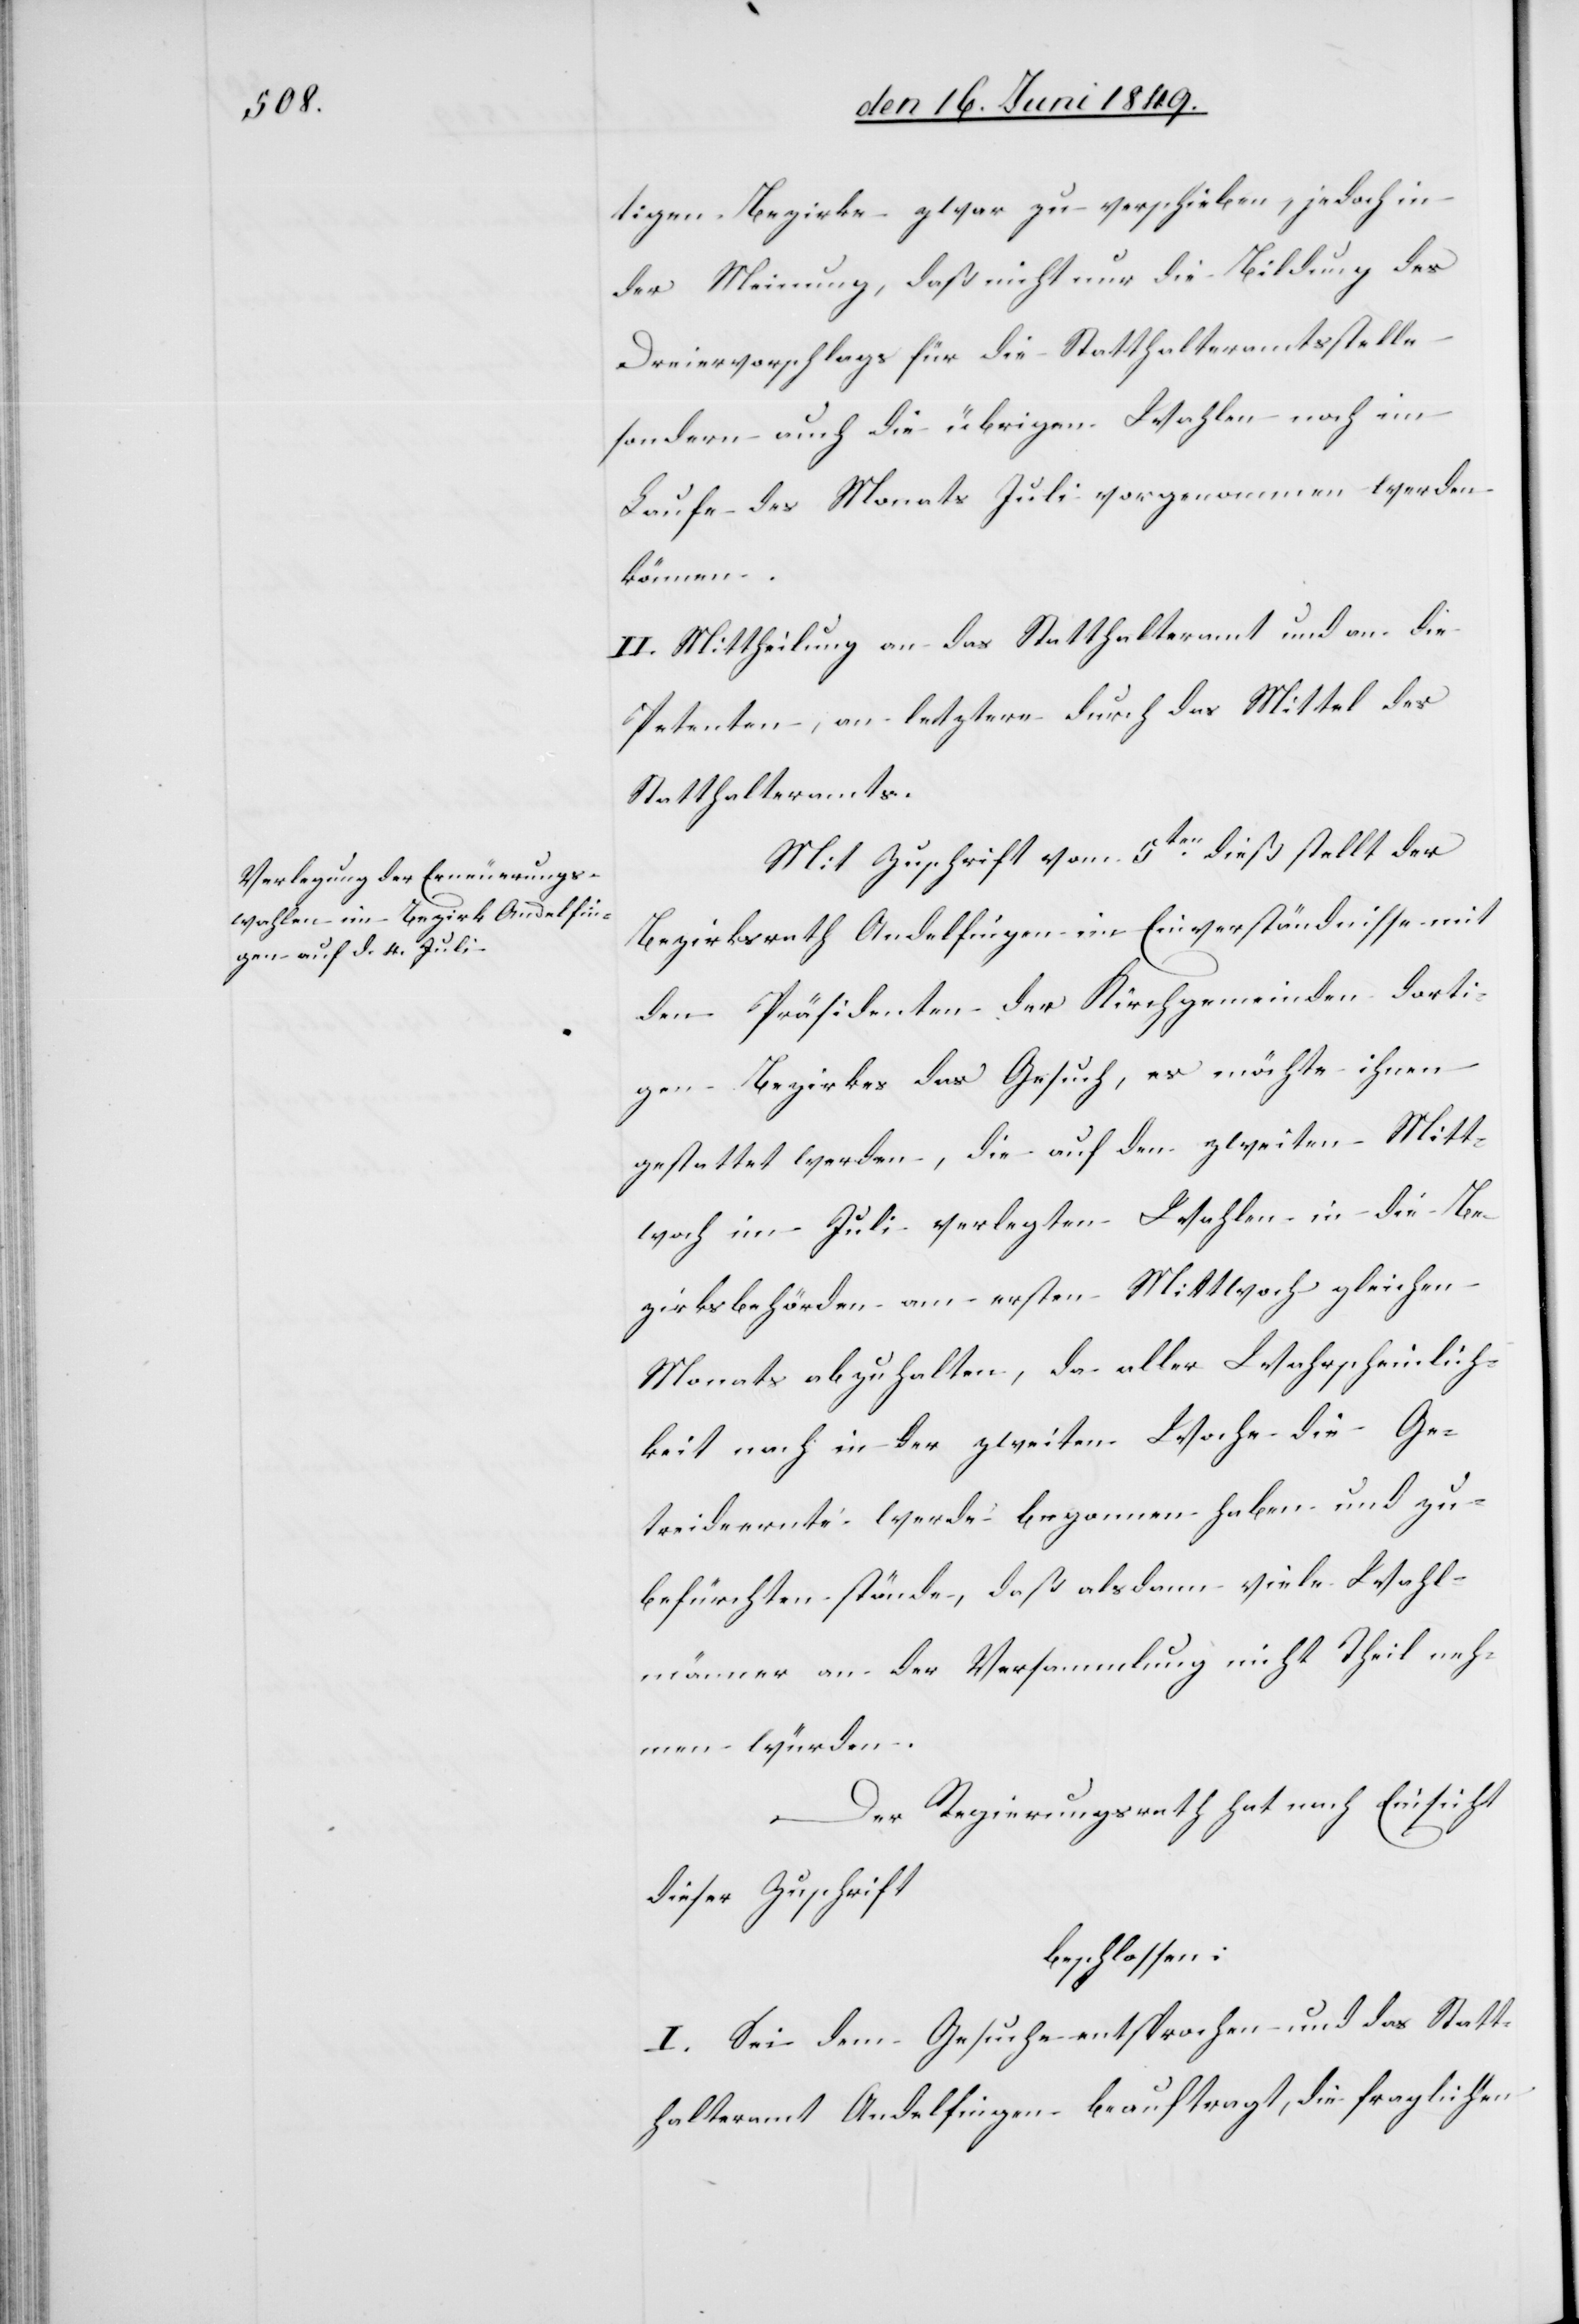
tigen Bezirke zwar zu verschieben, jedoch in
der Meinung, daß nicht nur die Bildung des
Dreiervorschlags für die Statthalteramtsstelle
sondern auch die übrigen Wahlen noch im
Laufe des Monats Juli vorgenommen werden
können.
II. Mittheilung an das Statthalteramt und an die
Petenten, an letztere durch das Mittel des
Statthalteramts.
Mit Zuschrift vom 5ten dieß stellt der
Bezirksrath Andelfingen im Einverständnisse mit
den Präsidenten der Kirchgemeinden dorti¬
gen Bezirkes das Gesuch, es möchte ihnen
gestattet werden, die auf den zweiten Mitt¬
woch im Juli verlegten Wahlen in die Be¬
zirksbehörden am ersten Mittwoch gleichen
Monats abzuhalten, da aller Wahrscheinlich¬
keit nach in der zweiten Woche die Ge¬
treideernte werde begonnen haben und zu
befürchten stünde, daß alsdann viele Wahl¬
männer an der Versammlung nicht Theil neh¬
men würden.
Der Regierungsrath hat nach Einsicht
dieser Zuschrift
beschlossen:
I. Sei dem Gesuche entsprochen und das Statt¬
halteramt Andelfingen beauftragt, die fraglichen